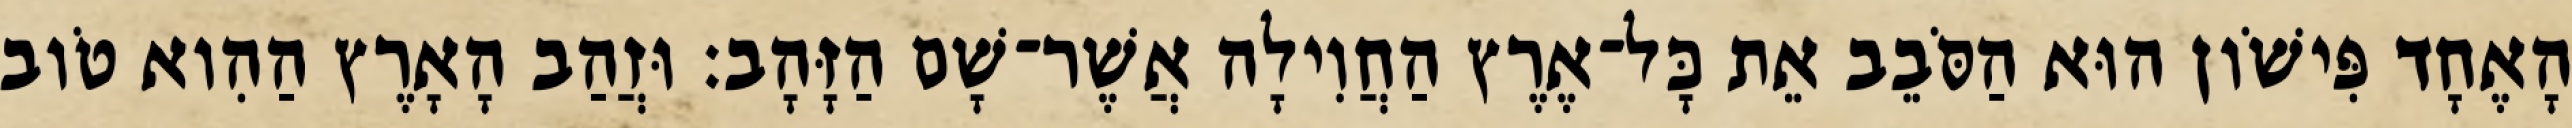
הָאֶחָד פִּישֹׁון הוּא הַסֹּבֵב אֵת כָּל־אֶרֶץ הַחֲוִילָה אֲשֶׁר־שָׁם הַזָּהָב׃ וּזֲהַב הָאָרֶץ הַהִוא טֹוב